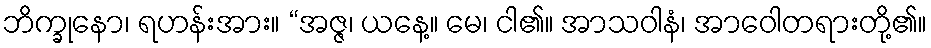
ဘိက္ခုနော၊ ရဟန်းအား။ “အဇ္ဇ၊ ယနေ့။ မေ၊ ငါ၏။ အာသဝါနံ၊ အာဝေါတရားတို့၏။